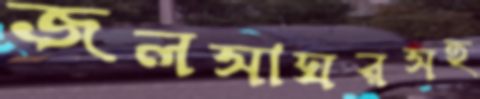
জলসাঘরসহ